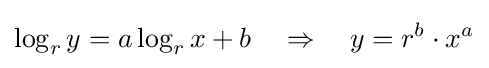
\log _{r}y=a\log _{r}x+b\quad \Rightarrow \quad y=r^{b}\cdot x^{a}